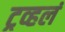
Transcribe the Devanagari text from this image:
ट्रव्हलं